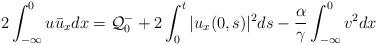
LaTeX: \begin{align*}2 \int_{-\infty}^0u\bar{u}_xdx = \mathcal{Q}_0^- + 2\int_0^t|u_x(0,s)|^2ds - \frac{\alpha}{\gamma}\int_{-\infty}^0v^2dx\end{align*}